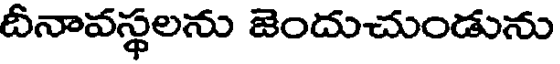
దీనావస్థలను జెందుచుండును